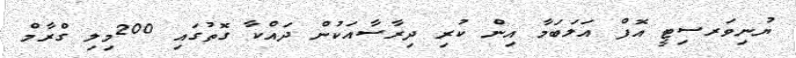
ޔުނިވަރސިޓީ އޮފް އަލަބަމާ އިން ކުރި ދިރާސާއަކުން ދައްކާ ގޮތުގައި 200މިލި ގްރާމް